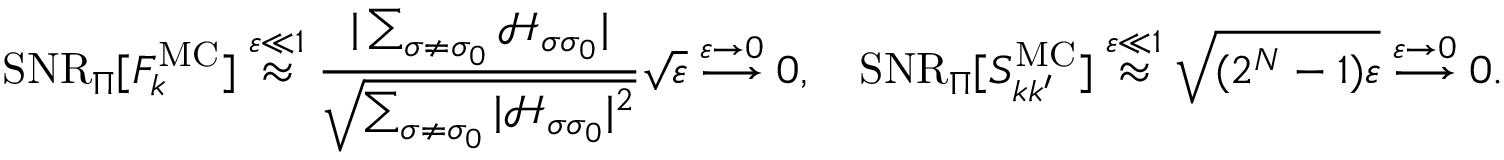
\mathrm { S N R } _ { \Pi } [ F _ { k } ^ { \mathrm { M C } } ] \stackrel { \varepsilon \ll 1 } { \approx } \frac { | \sum _ { \sigma \neq \sigma _ { 0 } } \mathcal { H } _ { \sigma \sigma _ { 0 } } | } { \sqrt { \sum _ { \sigma \neq \sigma _ { 0 } } | \mathcal { H } _ { \sigma \sigma _ { 0 } } | ^ { 2 } } } \sqrt { \varepsilon } \stackrel { \varepsilon \rightarrow 0 } { \longrightarrow } 0 , \quad \mathrm { S N R } _ { \Pi } [ S _ { k k ^ { \prime } } ^ { \mathrm { M C } } ] \stackrel { \varepsilon \ll 1 } { \approx } \sqrt { ( 2 ^ { N } - 1 ) \varepsilon } \stackrel { \varepsilon \rightarrow 0 } { \longrightarrow } 0 .